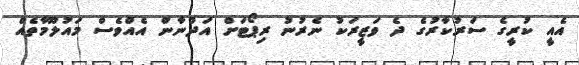
އެއީ ކުރީގެ ސަރުކާރުގެ ދެ ވަޒީރަކު ނެރުނު ރިޕޯޓަށް އަދުނާން އެއްވެސް މައުލޫމާތެއް